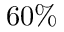
6 0 \%